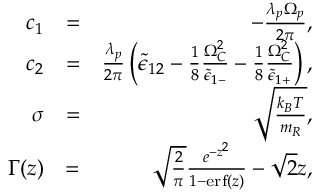
\begin{array} { r l r } { c _ { 1 } } & { = } & { - \frac { \lambda _ { p } \Omega _ { p } } { 2 \pi } , } \\ { c _ { 2 } } & { = } & { \frac { \lambda _ { p } } { 2 \pi } \left( \tilde { \epsilon } _ { 1 2 } - \frac { 1 } { 8 } \frac { \Omega _ { C } ^ { 2 } } { \tilde { \epsilon } _ { 1 - } } - \frac { 1 } { 8 } \frac { \Omega _ { C } ^ { 2 } } { \tilde { \epsilon } _ { 1 + } } \right) , } \\ { \sigma } & { = } & { \sqrt { \frac { k _ { B } T } { m _ { R } } } , } \\ { \Gamma ( z ) } & { = } & { \sqrt { \frac { 2 } { \pi } } \frac { e ^ { - z ^ { 2 } } } { 1 - \mathrm { e r f } \left( z \right) } - \sqrt { 2 } z , } \end{array}